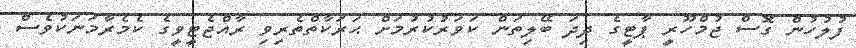
ފުލުހުން ގޮސް ޖުމްހޫރީ ޕާޓީގެ ދިދަ ބޭލިތަން ކަވަރުކުރުމަށް ޙަރަކާތްތެރިވި ރާއްޖެޓީވީގެ ކެމެރާމަނަކުވެސް